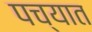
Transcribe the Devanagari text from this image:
पच्यात